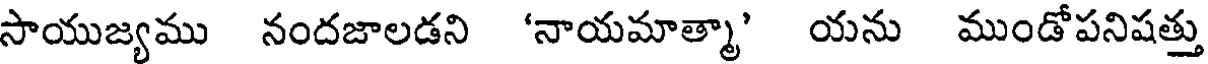
సాయుజ్యము నందజాలడని 'నాయమాత్మా' యను ముండోపనిషత్తు